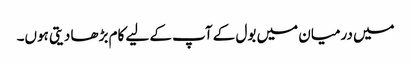
میں درمیان میں بول کے آپ کے لیے کام بڑھا دیتی ہوں۔